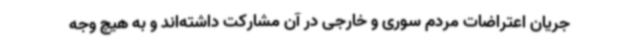
جریان اعتراضات مردم سوری و خارجی در آن مشارکت داشته‌اند و به هیچ وجه